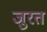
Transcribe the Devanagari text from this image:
जुरत